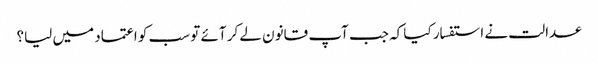
عدالت نے استفسار کیا کہ جب آپ قانون لے کر آئے تو سب کو اعتماد میں لیا؟